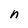
Character: n